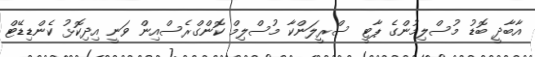
އާބާދީ ބޮޑު މުސްލިމުންގެ ޕާޓީ ސްރީލަންކާ މުސްލިމް ކޮންގްރެސްއިން ވަނީ އިދިކޮޅު ކެންޑިޑޭޓް